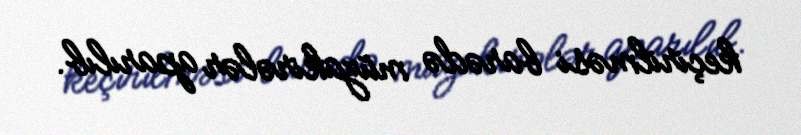
keçirilməsi barədə müzakirələr aparılıb.